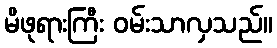
မိဖုရားကြီး ဝမ်းသာလှသည်။